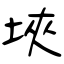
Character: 埉